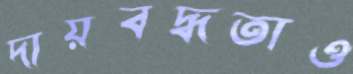
দায়বদ্ধতাও